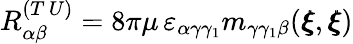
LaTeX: R_{\alpha\beta}^{(T\, U)}=8\pi\mu\, \varepsilon_{\alpha\gamma\gamma_{1}}m_{\gamma\gamma_{1}\beta}({\pmb\xi},{\pmb\xi})